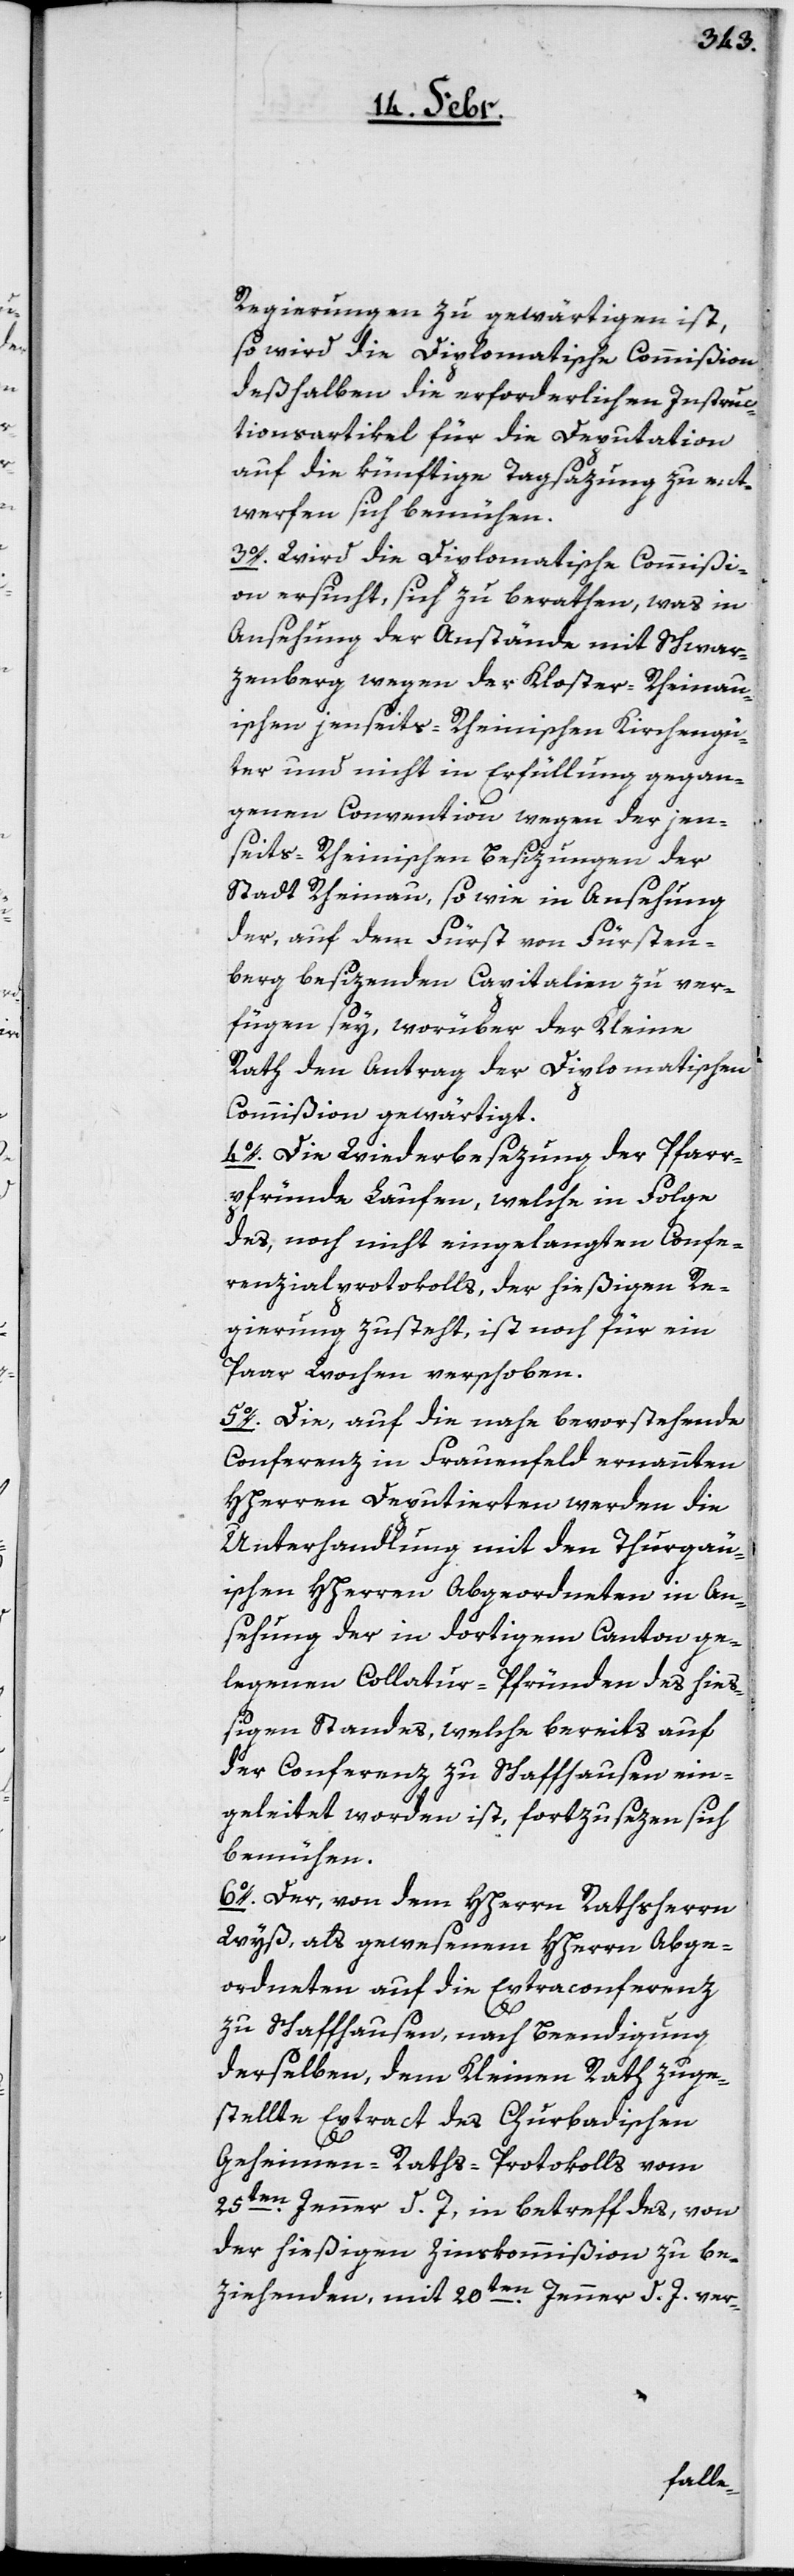
Regierungen zu gewärtigen ist,
so wird die Diplomatische Commißion
deßelben die erforderlichen Instruc¬
tionsartikel für die Deputation
auf die künftige Tagsazung zu ent¬
werfen sich bemühen.
3o. Wird die diplomatische Commißi¬
on ersucht, sich zu berathen, was in
Ansehung der Anstände mit Schwar¬
zenberg wegen der Kloster-Rheinau¬
ischen jenseits-Rheinischen Kirchengü¬
ter und nicht in Erfüllung gegan¬
genen Convention wegen der jen¬
seits-Rheinischen Besizungen der
Stadt Rheinau, sowie in Ansehung
der, auf dem Fürst von Fürsten¬
berg besizenden Capitalien zu ver¬
fügen sey, worüber der Kleine
Rath den Antrag der Diplomatischen
Commißion gewärtigt.
4o. Die Wiederbesezung der Pfarr¬
pfründe Laufen, welche in Folge
des, noch nicht eingelangten Confe¬
renzialprotokolls der hießigen Re¬
gierung zusteht, ist noch für ein
Paar Wochen verschoben.
5o. Die, auf die nahe bevorstehende
Conferenz in Frauenfeld ernannten
HHerren Deputierten werden die
Unterhandlung mit den Thurgäu¬
ischen HHerren Abgeordneten in An¬
sehung der in dortigem Canton ge¬
legenen Collatur-Pfründen des hieß¬
igen Standes, welche bereits auf
der Conferenz zu Schaffhausen ein¬
geleitet worden ist, fortzusezen sich
bemühen.
6o. Der, von dem HHerrn Rathsherrn
Wyß, als gewesenem HHerrn Abge¬
ordneten auf die Extraconferenz
zu Schaffhausen, nach Beendigung
derselben, dem Kleinen Rath zuge¬
stellte Extract des Churbadischen
Geheimen-Raths-Protokolls vom
25ten. Jenner d. J., in betreff des, von
der hießigen Zinskommißion zu be¬
ziehenden, mit 20ten. Jenner d. J. ver-